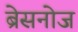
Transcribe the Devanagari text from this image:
ब्रेसनोज